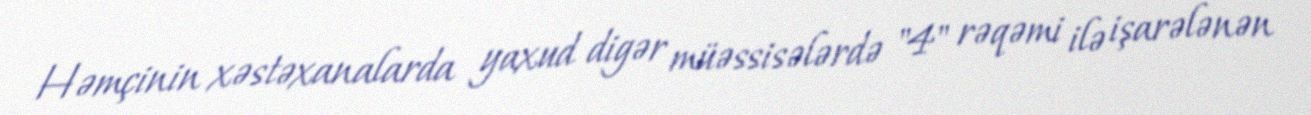
Həmçinin xəstəxanalarda yaxud digər müəssisələrdə "4" rəqəmi ilə işarələnən